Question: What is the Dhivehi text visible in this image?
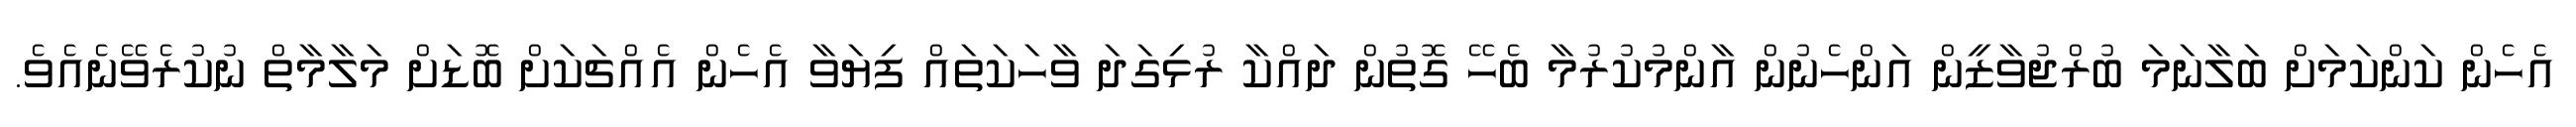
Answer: އެހެން ކަންކަމަށް ބަލާނަމަ ބުރްޖުވާޒީން އަންހެނުން އާންމުކުރުމާ ބެހޭ ގޮތުން ދައްކާ ރުޅިގަދަ ވާހަކަތައް ފިޔަވާ އެހެން އެއްޗަކަށް ބޮޑަށް މަލާމާތް ނުކުރެވޭނެއެވެ.